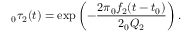
\phantom { } _ { 0 } \tau _ { 2 } ( t ) = \exp \left( - \frac { 2 \pi \phantom { } _ { 0 } f _ { 2 } ( t - t _ { 0 } ) } { 2 \phantom { } _ { 0 } Q _ { 2 } } \right) .